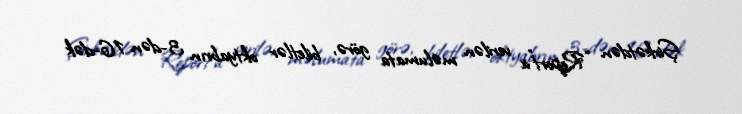
Şirkətdən “Report”a verilən məlumata görə, biletlər oktyabrın 3-dən 16-dək